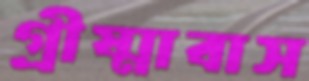
গ্রীষ্মাবাস